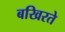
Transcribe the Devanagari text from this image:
बखिरते